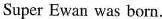
Super Ewan was born.